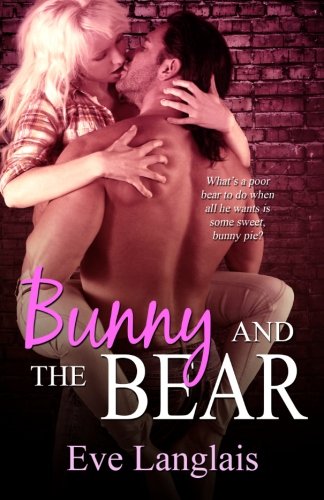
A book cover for Bunny And The Bear; Eve Langlais; Romance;